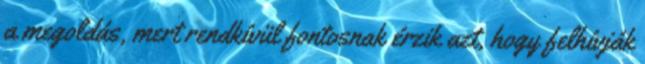
a megoldás, mert rendkívül fontosnak érzik azt, hogy felhívják